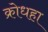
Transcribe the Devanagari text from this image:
क्रोधहा